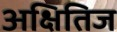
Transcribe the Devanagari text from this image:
अक्षितिज